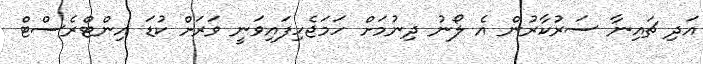
އަދި ޗައިނާ ސަރުކާރުން އެ ލޯނު ދިނުމަށް ހަމަޖެހިފައިވަނީ ވަރަށް ކުޑަ އިންޓްރެސްޓް